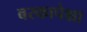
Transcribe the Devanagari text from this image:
बरकापेक्षा